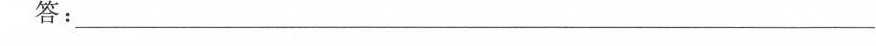
法进行点评。(3分)